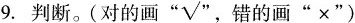
9. 判断。(对的画“√",错的画"×")